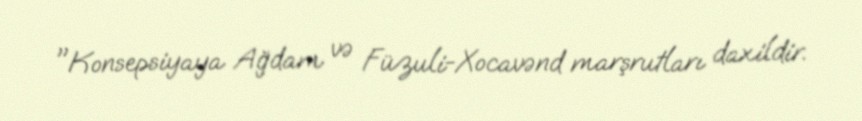
"Konsepsiyaya Ağdam və Füzuli-Xocavənd marşrutları daxildir.